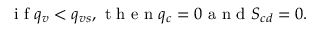
\mathrm { ~ i ~ f ~ } q _ { v } < q _ { v s } , \mathrm { ~ t ~ h ~ e ~ n ~ } q _ { c } = 0 \mathrm { ~ a ~ n ~ d ~ } S _ { c d } = 0 .